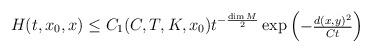
LaTeX: \begin{align*}H(t,x_0,x) \leq C_1(C,T,K, x_0)t^{-\frac {\dim M}2}\exp\begin{pmatrix}{-\frac{d(x,y)^2}{Ct}}\end{pmatrix}\end{align*}